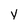
Character: v